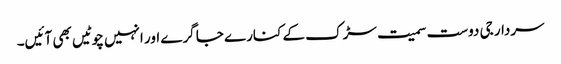
سردار جی دوست سمیت سڑک کے کنارے جا گرے اور انہیں چوٹیں بھی آئیں۔